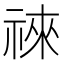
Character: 𥚒